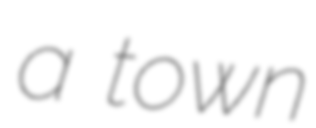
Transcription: a town